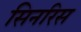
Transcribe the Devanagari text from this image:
सिनरिस